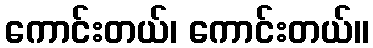
ကောင်းတယ်၊ ကောင်းတယ်။